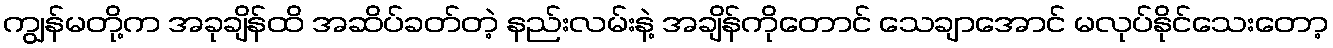
ကျွန်မတို့က အခုချိန်ထိ အဆိပ်ခတ်တဲ့ နည်းလမ်းနဲ့ အချိန်ကိုတောင် သေချာအောင် မလုပ်နိုင်သေးတော့